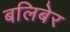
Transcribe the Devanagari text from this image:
बलिबेर